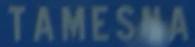
TAMESNA